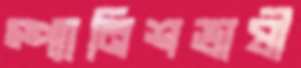
স্প্যানিশভাষী